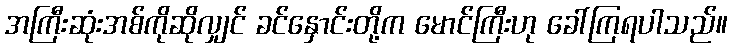
အကြီးဆုံးအစ်ကိုဆိုလျှင် ခင်နှောင်းတို့က မောင်ကြီးဟု ခေါ်ကြရပါသည်။